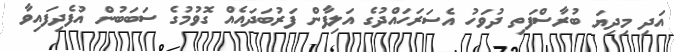
އަދި މިދިޔަ ބުރާސްފަތި ދުވަހު އެސަރަހައްދުގެ އަލިފާން ފަރުބަދައެއް ގޮވުމުގެ ސަބަބުން އުފެދިފައިވާ